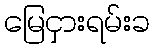
မြေငှားရမ်းခ